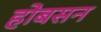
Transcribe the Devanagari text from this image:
होबसन